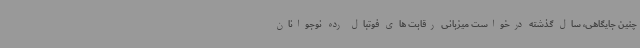
چنین جایگاهی، سال گذشته درخواست میزبانی رقابت های فوتبال رده نوجوانان